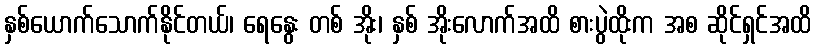
နှစ်ယောက်သောက်နိုင်တယ်၊ ရေနွေး တစ် အိုး၊ နှစ် အိုးလောက်အထိ စားပွဲထိုးက အစ ဆိုင်ရှင်အထိ